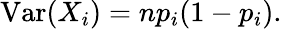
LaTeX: \operatorname{Var}(X_{i})=np_{i}(1-p_{i}).